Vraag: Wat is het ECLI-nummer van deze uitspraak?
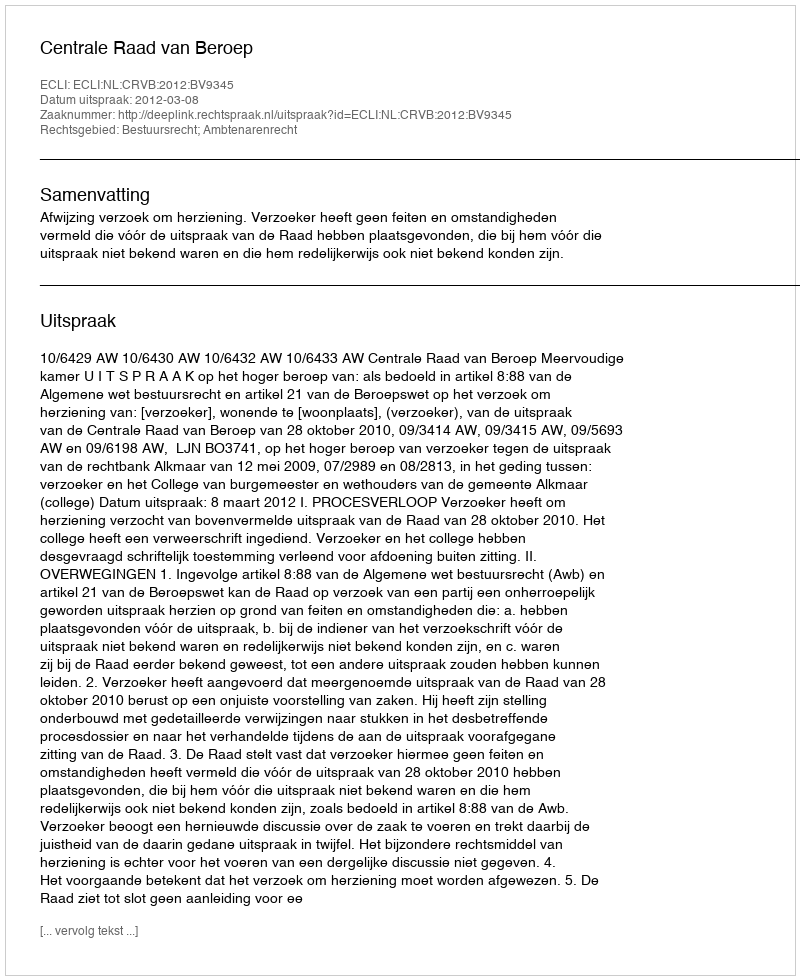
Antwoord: ECLI:NL:CRVB:2012:BV9345